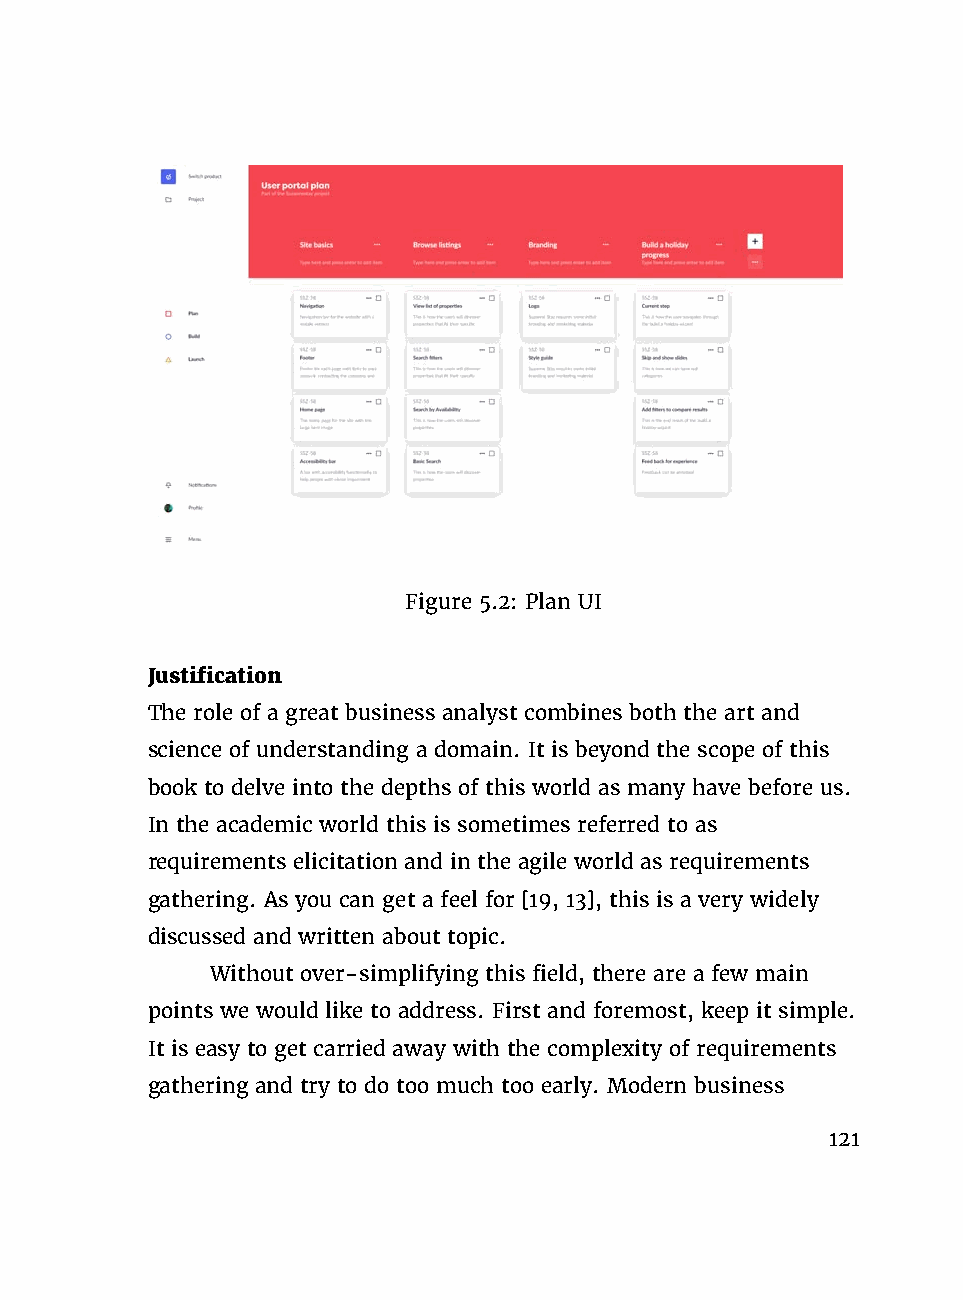
Figure 5.2: Plan UI
 Justification
 The role of a great business analyst combines both the art and
 science of understanding a domain. It is beyond the scope of this
 book to delve into the depths of this world as many have before us.
 In the academic world this is sometimes referred to as
 requirements elicitation and in the agile world as requirements
 gathering. As you can get a feel for [19, 13], this is a very widely
 discussed and written about topic.
 Without over-simplifying this field, there are a few main
 points we would like to address. First and foremost, keep it simple.
 It is easy to get carried away with the complexity of requirements
 gathering and try to do too much too early. Modern business
 121